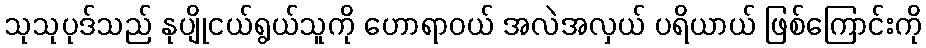
သုသုပုဒ်သည် နုပျိုငယ်ရွယ်သူကို ဟောရာဝယ် အလဲအလှယ် ပရိယာယ် ဖြစ်ကြောင်းကို